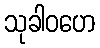
သုခါဝဟေ